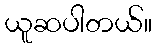
ယူဆပါတယ်။